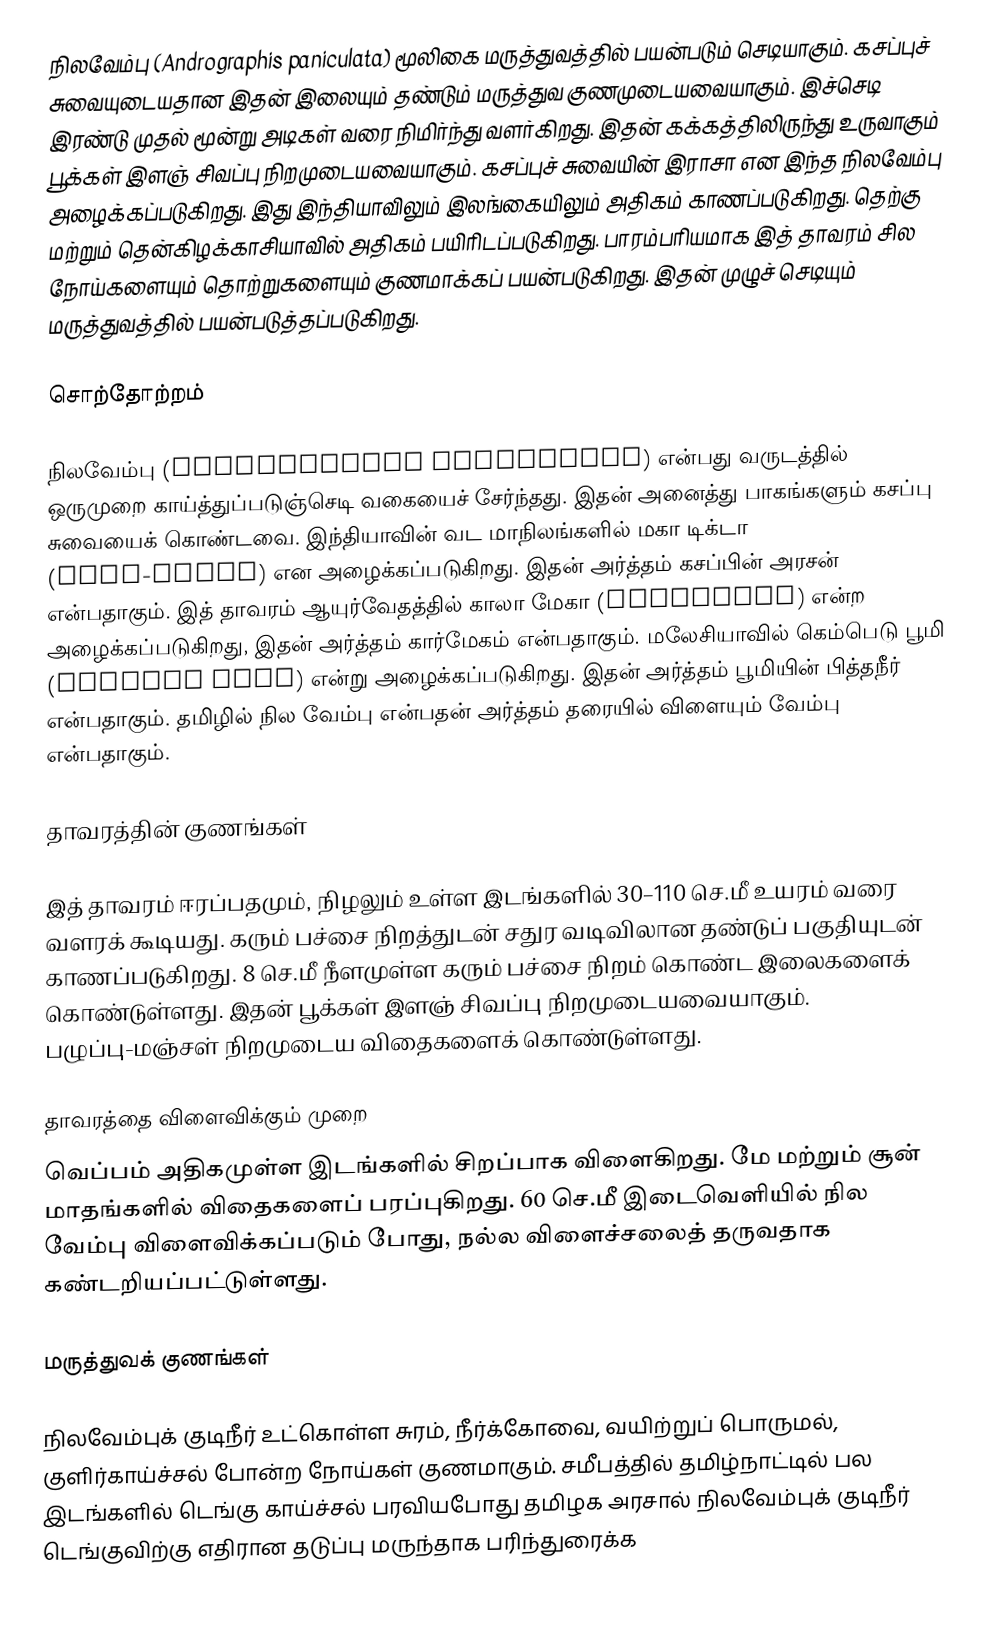
நிலவேம்பு (Andrographis paniculata) மூலிகை மருத்துவத்தில் பயன்படும் செடியாகும். கசப்புச் சுவையுடையதான இதன் இலையும் தண்டும் மருத்துவ குணமுடையவையாகும். இச்செடி இரண்டு முதல் மூன்று அடிகள் வரை நிமிர்ந்து வளர்கிறது. இதன் கக்கத்திலிருந்து உருவாகும் பூக்கள் இளஞ் சிவப்பு நிறமுடையவையாகும். கசப்புச் சுவையின் இராசா என இந்த நிலவேம்பு அழைக்கப்படுகிறது. இது இந்தியாவிலும் இலங்கையிலும் அதிகம் காணப்படுகிறது. தெற்கு மற்றும் தென்கிழக்காசியாவில் அதிகம் பயிரிடப்படுகிறது. பாரம்பரியமாக இத் தாவரம் சில நோய்களையும் தொற்றுகளையும் குணமாக்கப் பயன்படுகிறது. இதன் முழுச் செடியும் மருத்துவத்தில் பயன்படுத்தப்படுகிறது.

சொற்தோற்றம்

நிலவேம்பு (Andrographis paniculata) என்பது வருடத்தில் ஒருமுறை காய்த்துப்படுஞ்செடி வகையைச் சேர்ந்தது. இதன் அனைத்து பாகங்களும் கசப்பு சுவையைக் கொண்டவை. இந்தியாவின் வட மாநிலங்களில் மகா டிக்டா (Maha-tikta) என அழைக்கப்படுகிறது. இதன் அர்த்தம் கசப்பின் அரசன் என்பதாகும். இத் தாவரம் ஆயுர்வேதத்தில் காலா மேகா (Kalamegha) என்ற அழைக்கப்படுகிறது, இதன் அர்த்தம் கார்மேகம் என்பதாகும். மலேசியாவில் கெம்பெடு பூமி    (Hempedu Bumi) என்று அழைக்கப்படுகிறது. இதன் அர்த்தம் பூமியின் பித்தநீர் என்பதாகும். தமிழில் நில வேம்பு என்பதன் அர்த்தம் தரையில் விளையும் வேம்பு என்பதாகும்.

தாவரத்தின் குணங்கள்

இத் தாவரம் ஈரப்பதமும், நிழலும் உள்ள இடங்களில் 30–110 செ.மீ உயரம் வரை வளரக் கூடியது. கரும் பச்சை நிறத்துடன் சதுர வடிவிலான தண்டுப் பகுதியுடன் காணப்படுகிறது. 8 செ.மீ நீளமுள்ள கரும் பச்சை நிறம் கொண்ட இலைகளைக் கொண்டுள்ளது. இதன் பூக்கள் இளஞ் சிவப்பு நிறமுடையவையாகும். பழுப்பு-மஞ்சள் நிறமுடைய விதைகளைக் கொண்டுள்ளது.

தாவரத்தை விளைவிக்கும் முறை
வெப்பம் அதிகமுள்ள இடங்களில் சிறப்பாக விளைகிறது. மே மற்றும் சூன் மாதங்களில் விதைகளைப் பரப்புகிறது. 60 செ.மீ இடைவெளியில் நில வேம்பு விளைவிக்கப்படும் போது, நல்ல விளைச்சலைத் தருவதாக கண்டறியப்பட்டுள்ளது.

மருத்துவக் குணங்கள்

நிலவேம்புக் குடிநீர் உட்கொள்ள சுரம், நீர்க்கோவை, வயிற்றுப் பொருமல், குளிர்காய்ச்சல் போன்ற நோய்கள் குணமாகும்.  சமீபத்தில் தமிழ்நாட்டில் பல இடங்களில் டெங்கு காய்ச்சல் பரவியபோது தமிழக அரசால் நிலவேம்புக் குடிநீர் டெங்குவிற்கு எதிரான தடுப்பு மருந்தாக பரிந்துரைக்க